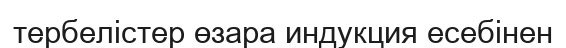
тербелістер өзара индукция есебінен